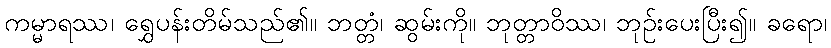
ကမ္မာရဿ၊ ရွှေပန်းတိမ်သည်၏။ ဘတ္တံ၊ ဆွမ်းကို။ ဘုတ္တာဝိဿ၊ ဘုဉ်းပေးပြီး၍။ ခရော၊